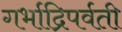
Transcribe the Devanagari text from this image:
गर्भाद्रिपर्वती